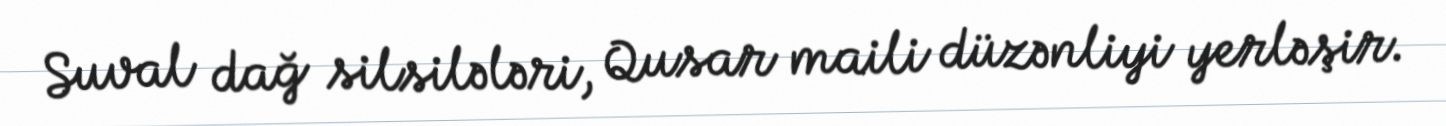
Suval dağ silsilələri, Qusar maili düzənliyi yerləşir.